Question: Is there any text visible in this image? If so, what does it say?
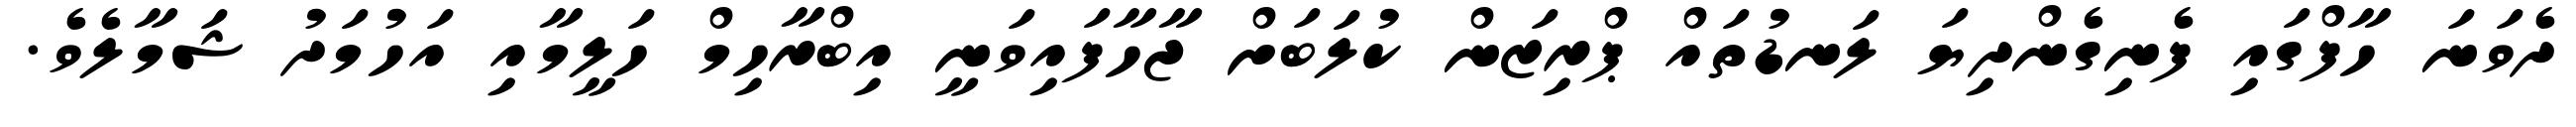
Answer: ދެވަނަ ހާފްގައި ފެނިގެންދިޔަ ލަނޑުތައް ޕްރިޒަން ކުލަބަށް ޖާހާފައިވަނީ އިބްރާހިމް ހަލީމާއި އަހުމަދު ޝަމާލެވެ.